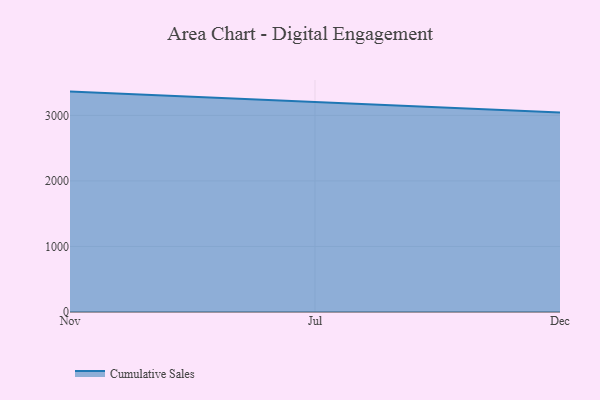
{"axis": {"x": "Month", "y": "Budget (USD K)"}, "legend": ["Cumulative Sales"], "data": [{"x": "Nov", "y": 3363.5, "type": "Cumulative Sales"}, {"x": "Jul", "y": 3204.7, "type": "Cumulative Sales"}, {"x": "Dec", "y": 3043.8, "type": "Cumulative Sales"}]}